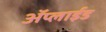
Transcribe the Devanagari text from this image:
ॲप्लाईड